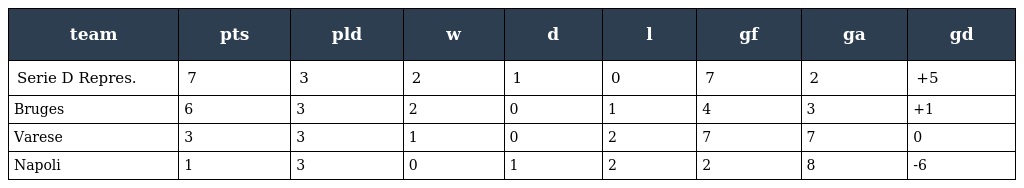
| team | pts | pld | w | d | l | gf | ga | gd |
 | --- | --- | --- | --- | --- | --- | --- | --- | --- |
 | Serie D Repres. | 7 | 3 | 2 | 1 | 0 | 7 | 2 | +5 |
 | Bruges | 6 | 3 | 2 | 0 | 1 | 4 | 3 | +1 |
 | Varese | 3 | 3 | 1 | 0 | 2 | 7 | 7 | 0 |
 | Napoli | 1 | 3 | 0 | 1 | 2 | 2 | 8 | -6 |